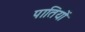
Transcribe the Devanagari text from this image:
पातियों